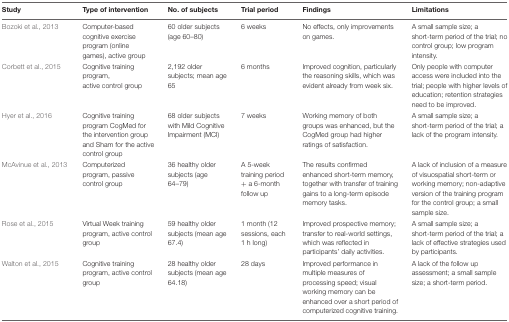
<table><thead><tr><td><b>Study</b></td><td><b>Type of intervention</b></td><td><b>No. of subjects</b></td><td><b>Trial period</b></td><td><b>Findings</b></td><td><b>Limitations</b></td></tr></thead><tbody><tr><td>Bozoki et al., 2013</td><td>Computer-based cognitive exercise program (online games), active group</td><td>60 older subjects (age 60–80)</td><td>6 weeks</td><td>No effects, only improvements on games.</td><td>A small sample size; a short-term period of the trial; no control group; low program intensity.</td></tr><tr><td>Corbett et al., 2015</td><td>Cognitive training program, active control group</td><td>2,192 older subjects; mean age 65</td><td>6 months</td><td>Improved cognition, particularly the reasoning skills, which was evident already from week six.</td><td>Only people with computer access were included into the trial; people with higher levels of education; retention strategies need to be improved.</td></tr><tr><td>Hyer et al., 2016</td><td>Cognitive training program CogMed for the intervention group and Sham for the active control group</td><td>68 older subjects with Mild Cognitive Impairment (MCI)</td><td>7 weeks</td><td>Working memory of both groups was enhanced, but the CogMed group had higher ratings of satisfaction.</td><td>A small sample size; a short-term period of the trial; a lack of the program intensity.</td></tr><tr><td>McAvinue et al., 2013</td><td>Computerized program, passive control group</td><td>36 healthy older subjects (age 64–79)</td><td>A 5-week training period + a 6-month follow up</td><td>The results confirmed enhanced short-term memory, together with transfer of training gains to a long-term episode memory tasks.</td><td>A lack of inclusion of a measure of visuospatial short-term or working memory; non-adaptive version of the training program for the control group; a small sample size.</td></tr><tr><td>Rose et al., 2015</td><td>Virtual Week training program, active control group</td><td>59 healthy older subjects (mean age 67.4)</td><td>1 month (12 sessions, each 1 h long)</td><td>Improved prospective memory; transfer to real-world settings, which was reflected in participants’ daily activities.</td><td>A small sample size; a short-term period of the trial; a lack of effective strategies used by participants.</td></tr><tr><td>Walton et al., 2015</td><td>Cognitive training program, active control group</td><td>28 healthy older subjects (mean age 64.18)</td><td>28 days</td><td>Improved performance in multiple measures of processing speed; visual working memory can be enhanced over a short period of computerized cognitive training.</td><td>A lack of the follow up assessment; a small sample size; a short-term period.</td></tr></tbody></table>